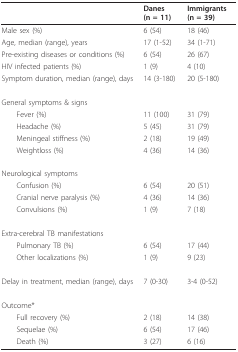
<table><thead><tr><td></td><td><b>Danes (n = 11)</b></td><td><b>Immigrants (n = 39)</b></td></tr></thead><tbody><tr><td>Male sex (%)</td><td>6 (54)</td><td>18 (46)</td></tr><tr><td>Age, median (range), years</td><td>17 (1-52)</td><td>34 (1-71)</td></tr><tr><td>Pre-existing diseases or conditions (%)</td><td>6 (54)</td><td>26 (67)</td></tr><tr><td>HIV infected patients (%)</td><td>1 (9)</td><td>4 (10)</td></tr><tr><td>Symptom duration, median (range), days</td><td>14 (3-180)</td><td>20 (5-180)</td></tr><tr><td>General symptoms &amp; signs</td><td></td><td></td></tr><tr><td> Fever (%)</td><td>11 (100)</td><td>31 (79)</td></tr><tr><td> Headache (%)</td><td>5 (45)</td><td>31 (79)</td></tr><tr><td> Meningeal stiffness (%)</td><td>2 (18)</td><td>19 (49)</td></tr><tr><td> Weightloss (%)</td><td>4 (36)</td><td>14 (36)</td></tr><tr><td>Neurological symptoms</td><td></td><td></td></tr><tr><td> Confusion (%)</td><td>6 (54)</td><td>20 (51)</td></tr><tr><td> Cranial nerve paralysis (%)</td><td>4 (36)</td><td>14 (36)</td></tr><tr><td> Convulsions (%)</td><td>1 (9)</td><td>7 (18)</td></tr><tr><td>Extra-cerebral TB manifestations</td><td></td><td></td></tr><tr><td> Pulmonary TB (%)</td><td>6 (54)</td><td>17 (44)</td></tr><tr><td> Other localizations (%)</td><td>1 (9)</td><td>9 (23)</td></tr><tr><td>Delay in treatment, median (range), days</td><td>7 (0-30)</td><td>3-4 (0-52)</td></tr><tr><td>Outcome*</td><td></td><td></td></tr><tr><td> Full recovery (%)</td><td>2 (18)</td><td>14 (38)</td></tr><tr><td> Sequelae (%)</td><td>6 (54)</td><td>17 (46)</td></tr><tr><td> Death (%)</td><td>3 (27)</td><td>6 (16)</td></tr></tbody></table>